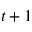
t + 1